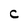
Character: C